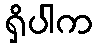
ရှိပါက